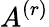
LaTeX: A^{(r)}